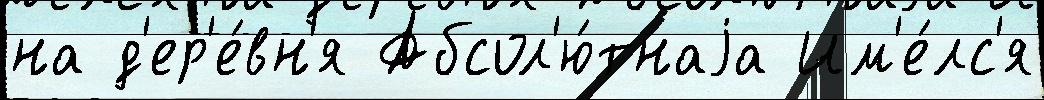
на д'ер'е́вн'я Абсол'ю́тнаjа Им'е́лс'я